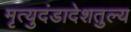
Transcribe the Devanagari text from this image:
मृत्युदंडादेशतुल्य